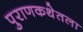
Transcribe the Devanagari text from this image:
पुराणकथेतला